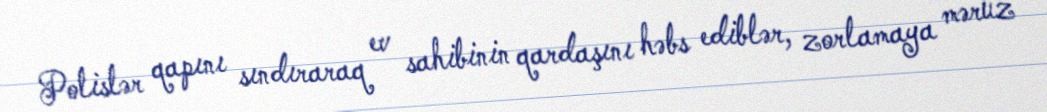
Polislər qapını sındıraraq ev sahibinin qardaşını həbs ediblər, zorlamaya məruz